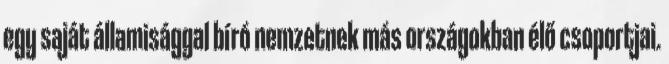
egy saját államisággal bíró nemzetnek más országokban élő csoportjai.